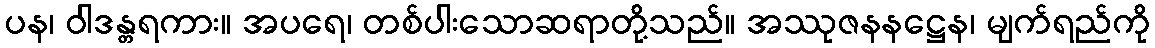
ပန၊ ဝါဒန္တရကား။ အပရေ၊ တစ်ပါးသောဆရာတို့သည်။ အဿုဇနနဋ္ဌေန၊ မျက်ရည်ကို